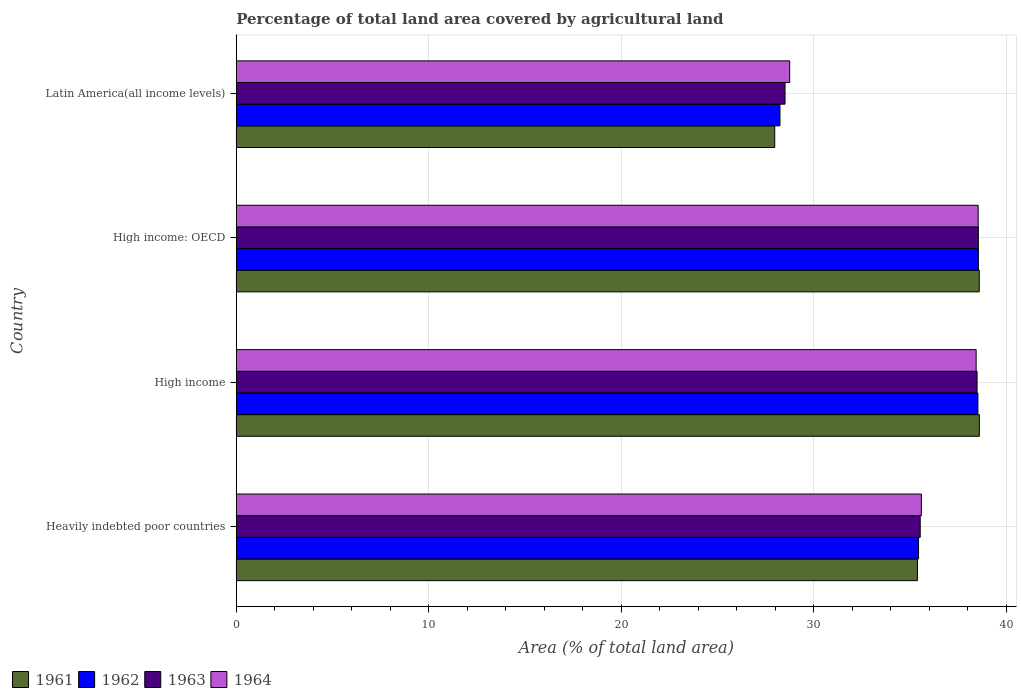
| Country | 1961 | 1962 | 1963 | 1964 |
 | --- | --- | --- | --- | --- |
 | Heavily indebted poor countries | 35.4 | 35.4 | 35.5 | 35.6 |
 | High income | 38.6 | 38.5 | 38.5 | 38.4 |
 | High income: OECD | 38.6 | 38.5 | 38.5 | 38.5 |
 | Latin America(all income levels) | 28 | 28.2 | 28.5 | 28.7 |